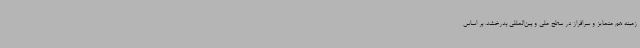
زمینه هم متمایز و سرافراز در سطح ملی و بین‌المللی بدرخشد. بر اساس